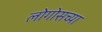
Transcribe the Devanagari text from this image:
लोगोसच्या